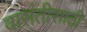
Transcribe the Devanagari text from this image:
वासंतीसाठी